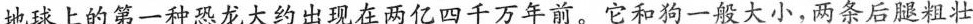
地球上的第一种恐龙大约出现在两亿四千万年前。它和狗一般大小，两条后腿粗壮